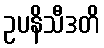
ဥပနိသီဒတိ